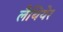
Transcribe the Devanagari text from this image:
लैथियेर